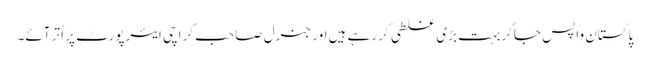
پاکستان واپس جاکر بہت بڑی غلطی کررہے ہیں اور جنرل صاحب کراچی ایئرپورٹ پر اُتر آئے۔